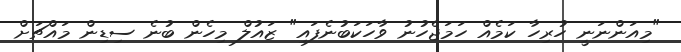
"މިއަންނަނީ ހުރިހާ ކަމެއް ހަމަޖެހުނު ވާހަކަބުނެފައި" ޒައުލް މިހެން ބުނެ ސިޑިން މައްޗަށް